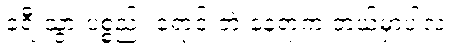
ခရီးသွားပစ္စည်း ရောင်းတဲ့ နေရာက ဘယ်မှာပါလဲ။